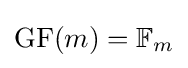
\mathrm {GF} (m)=\mathbb {F} _{m}